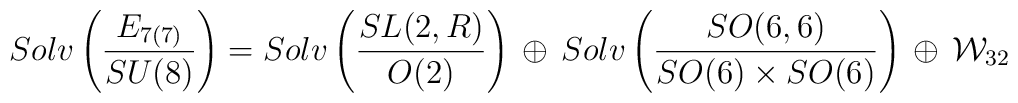
Solv \left( \frac{E_{7(7)}}{ SU(8)}   \right )= Solv \left(\frac{SL(2,R)}{O(2)}   \right )\, \oplus  \,  Solv \left(   \frac {SO(6,6)}{SO(6)\times SO(6)  }  \right) \,\oplus \, {\cal W}_{32}